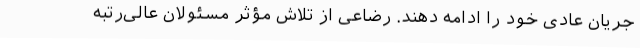
جریان عادی خود را ادامه دهند. رضاعی از تلاش مؤثر مسئولان عالی‌رتبه